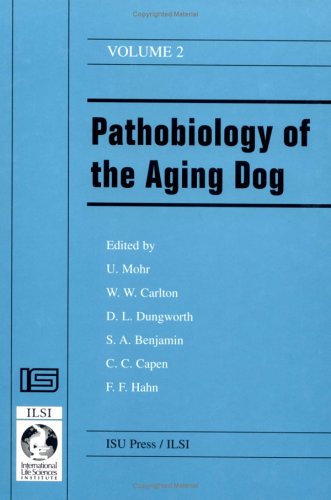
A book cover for Pathobiology of the Aging Dog; Medical Books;